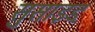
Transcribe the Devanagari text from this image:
सुसाइड्